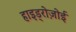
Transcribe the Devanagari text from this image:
हाइड्रोज़ोई